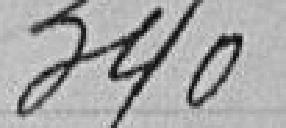
340